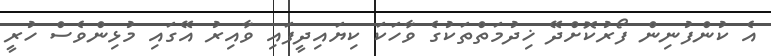
އެ ކުންފުނިން ފޯރުކޮށްދޭ ޚިދުމަތްތަކުގެ ވާހަކަ ކިޔައިދީފައި ވާއިރު އޭގައި މުޅިންވެސް ހުރީ